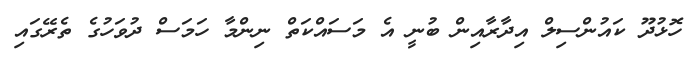
ހޮޅުދޫ ކައުންސިލް އިދާރާއިން ބުނީ އެ މަސައްކަތް ނިންމާ ހަމަސް ދުވަހުގެ ތެރޭގައި